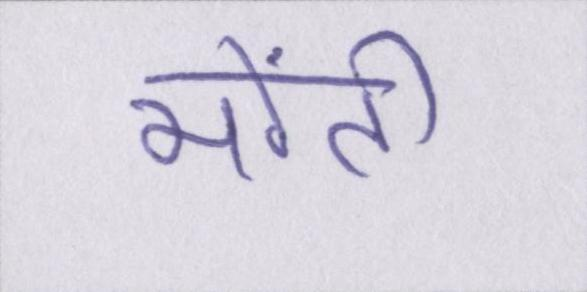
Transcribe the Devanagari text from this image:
मोंटी